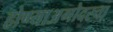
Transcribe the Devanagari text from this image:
होण्याअगोदरचा